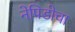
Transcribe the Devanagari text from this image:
नेपिडोचा